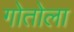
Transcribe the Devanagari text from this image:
गोतोला